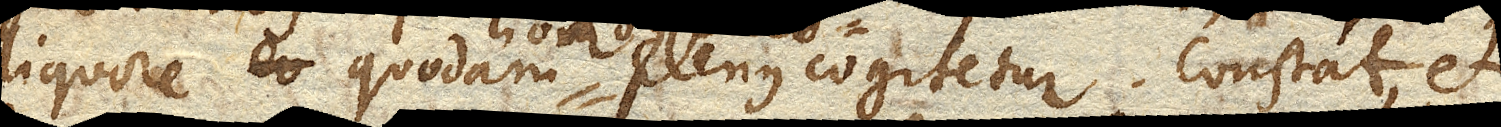
liquore eo quodam plenus cogitetur. Constat, et